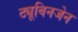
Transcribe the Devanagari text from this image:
ट्यूबिनजेन